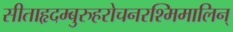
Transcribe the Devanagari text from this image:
सीताहृदम्बुरुहरोचनरश्मिमालिन्